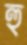
হু